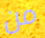
من